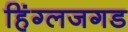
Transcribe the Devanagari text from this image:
हिंग्लजगड